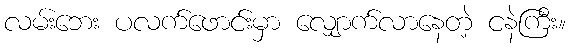
လမ်းဘေး ပလက်ဖောင်းမှာ လျှောက်လာနေတဲ့ ငနဲကြီး။